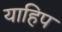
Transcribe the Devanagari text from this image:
याहिप